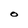
Character: O